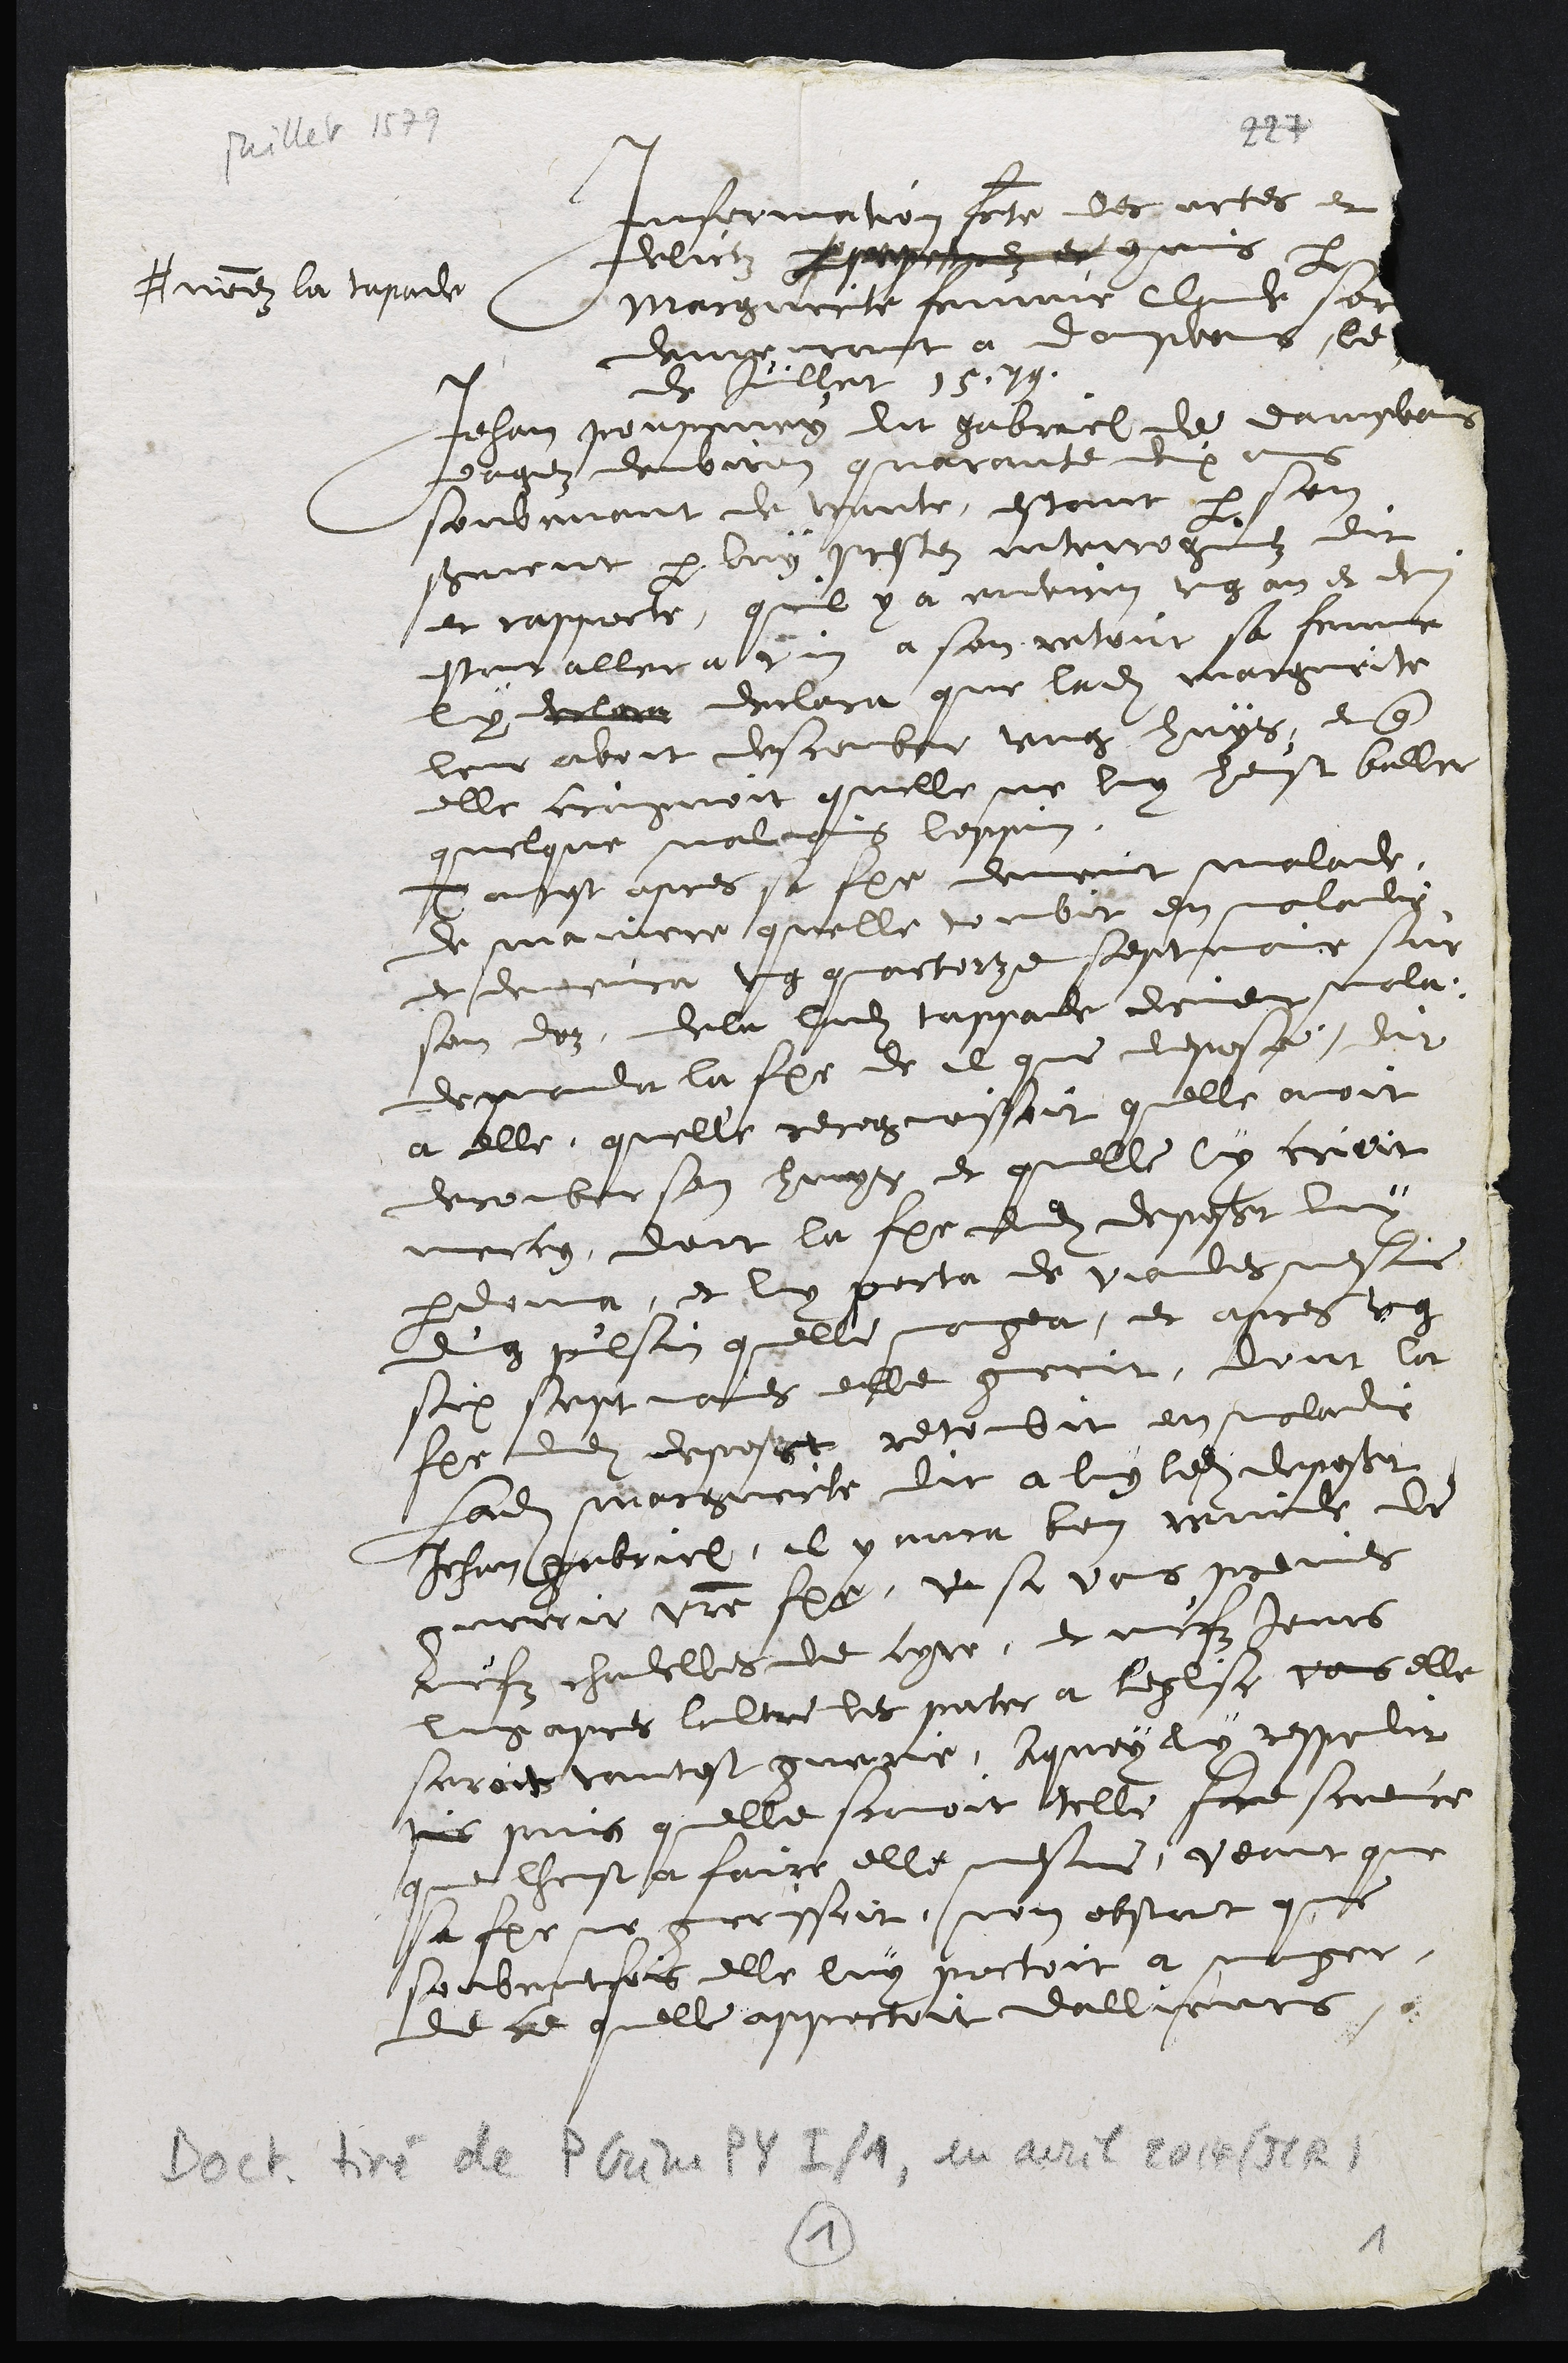
Mille 1134
Infermation fote des octes et
felictz Apoponnez et commis pr
Marguerte femme Clade sor
Anommez la tapade
dempuroist a dompoens le
de Juillet 1579.
Jehan pourney dit gabreel de dampbar
eagez eenviron quarante dix ans
souvenant de vante, estant par son
serment par luy pestez inteicoguéz dit
et rappocte, quil y a environ ung an et de
estont allera tin a son retour sa femme
ly eau declara que ladite Margurite
leur avoit descamber ung huys, et que
elle crognoit quille ne luy heust bullee
quelque malegs lequin.
jansest apres sa fimme devont malade,
de maniere quelle tombit en malady
et deeura ung quartorze septmoie sur
son doz, de la ladite taspade demeu mola.
deprnda la fmme de il que depose dit
a elle, quelle recogoissoit quelle avoit
deromber son huug et quelle ly crioit
meccy, doit la femme dudit deposant luy
pardonna, et luy porta de viedes nesme
dug pilsin quelle mongea, et apres ung
six septvas elle gurrit, dont la
feme dudit deposant retoubit en maladie
Ladite Marguerte dit a luy ledit deposant
Jehan Gabriel, il y ana bon remide de
guerrit votre feme, ui si vous prenes
luefz chadelles de cyre, et nefz jours
luy apres lultre les preseter a leglse vons elle
seroit tantost guegle, A quoy ly respelit
pis puis quelle scavoit telle sice scuevre
que lheust a faire elle mesm, veait que
sa feime ne gurrissoit, non obstant que
soubvetfois elle luy portoit a manger,
de ce quelle appestoit dallieurs